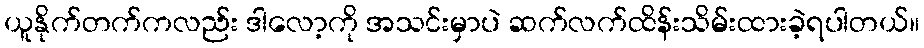
ယူနိုက်တက်ကလည်း ဒါလော့ကို အသင်းမှာပဲ ဆက်လက်ထိန်းသိမ်းထားခဲ့ရပါတယ်။